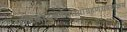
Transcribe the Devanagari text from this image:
मृत्तिकोद्धरणंचास्थांग्रहणंचयथाक्रमं